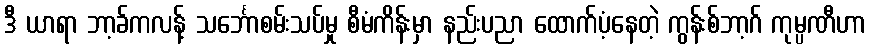
ဒီ ယာရာ ဘာ့ခ်ကလန့် သင်္ဘောစမ်းသပ်မှု စီမံကိန်းမှာ နည်းပညာ ထောက်ပံ့နေတဲ့ ကွန်းစ်ဘာ့ဂ် ကုမ္ပဏီဟာ